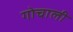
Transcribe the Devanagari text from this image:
गोचाली